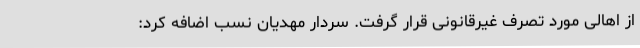
از اهالی مورد تصرف غیرقانونی قرار گرفت. سردار مهدیان نسب اضافه کرد: